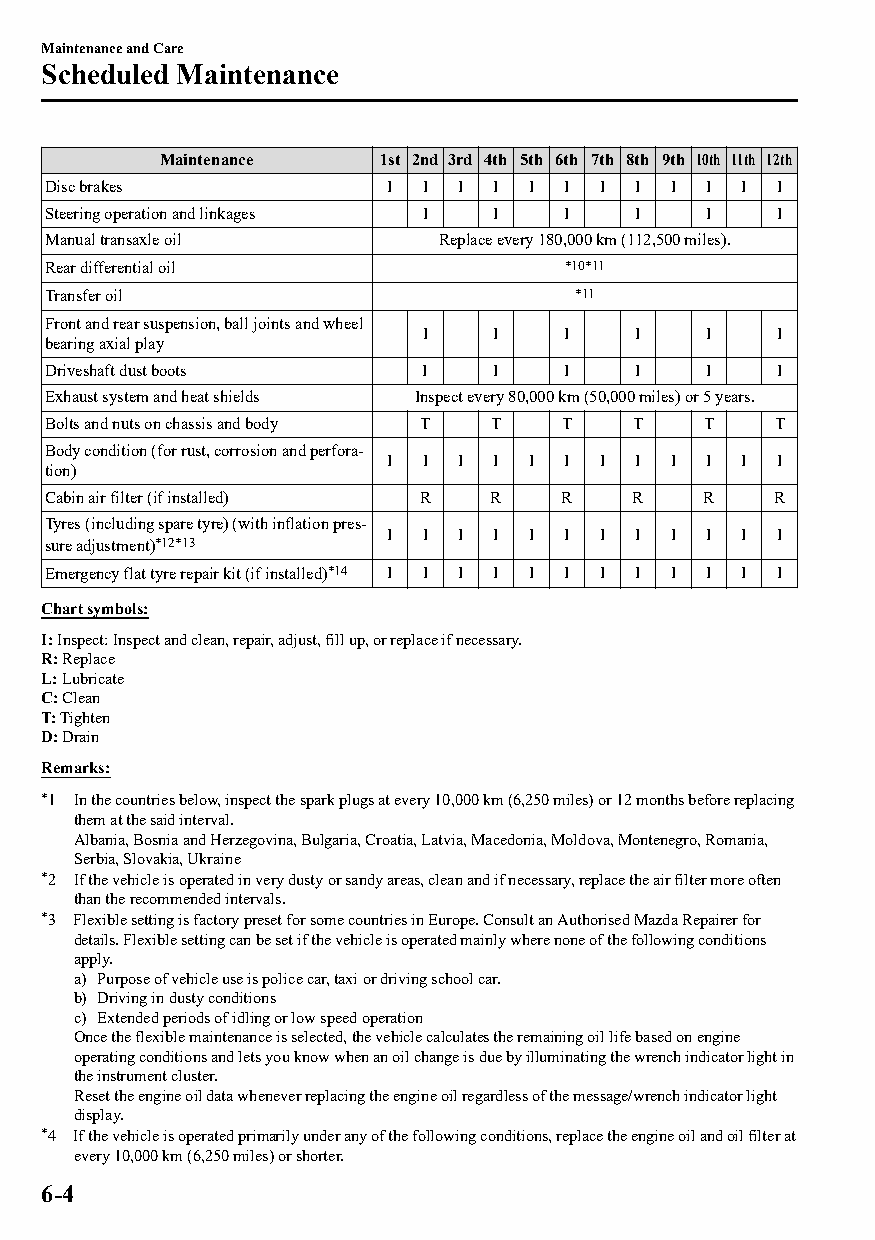
Maintenance and Care
 Scheduled Maintenance
 Maintenance    1st 2nd 3rd 4th 5th 6th 7th 8th 9th 10th 11th 12th
 Disc brakes           I  I I I  I I I  I I I  I I
 Steering operation and linkages I I I  I   I    I
 Manual transaxle oil      Replace every 180,000 km (112,500 miles).
 Rear differential oil             *10*11
 Transfer oil                       *11
 Front and rear suspension, ball joints and wheel
 I   I    I    I   I    I
 bearing axial play
 Driveshaft dust boots    I   I    I    I   I    I
 Exhaust system and heat shields Inspect every 80,000 km (50,000 miles) or 5 years.
 Bolts and nuts on chassis and body T T T T T    T
 Body condition (for rust, corrosion and perfora‐
 I  I I I  I I I  I I I  I I
 tion)
 Cabin air filter (if installed) R R R  R   R    R
 Tyres (including spare tyre) (with inflation pres‐
 I  I I I  I I I  I I I  I I
 sure adjustment)*12*13
 Emergency flat tyre repair kit (if installed)*14 I I I I I I I I I I I I
 Chart symbols:
 I: Inspect: Inspect and clean, repair, adjust, fill up, or replace if necessary.
 R: Replace
 L: Lubricate
 C: Clean
 T: Tighten
 D: Drain
 Remarks:
 *1 In the countries below, inspect the spark plugs at every 10,000 km (6,250 miles) or 12 months before replacing
 them at the said interval.
 Albania, Bosnia and Herzegovina, Bulgaria, Croatia, Latvia, Macedonia, Moldova, Montenegro, Romania,
 Serbia, Slovakia, Ukraine
 *2 If the vehicle is operated in very dusty or sandy areas, clean and if necessary, replace the air filter more often
 than the recommended intervals.
 *3 Flexible setting is factory preset for some countries in Europe. Consult an Authorised Mazda Repairer for
 details. Flexible setting can be set if the vehicle is operated mainly where none of the following conditions
 apply.
 a) Purpose of vehicle use is police car, taxi or driving school car.
 b) Driving in dusty conditions
 c) Extended periods of idling or low speed operation
 Once the flexible maintenance is selected, the vehicle calculates the remaining oil life based on engine
 operating conditions and lets you know when an oil change is due by illuminating the wrench indicator light in
 the instrument cluster.
 Reset the engine oil data whenever replacing the engine oil regardless of the message/wrench indicator light
 display.
 *4 If the vehicle is operated primarily under any of the following conditions, replace the engine oil and oil filter at
 every 10,000 km (6,250 miles) or shorter.
 6-4
 CX-3_8GT4-EE-18D_Edition4                  2018-9-6 18:32:19